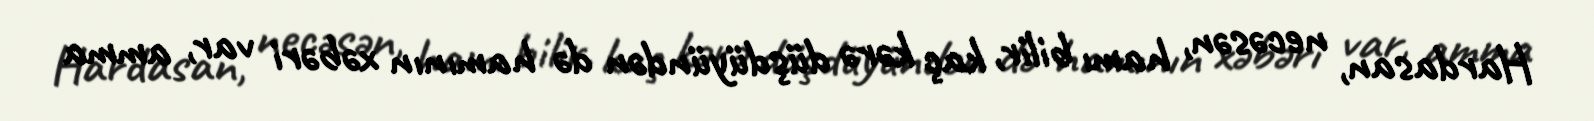
Hardasan, necəsən, hamı bilir, kaç kərə düşdüyündən də hamının xəbəri var, amma